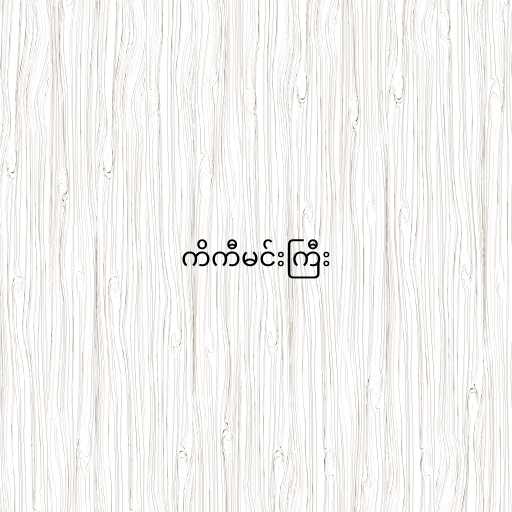
ကိကီမင်းကြီး